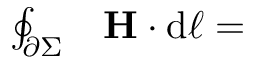
\begin{array} { r l } { \oint _ { \partial \Sigma } } & { { } \mathbf { H } \cdot \mathrm { d } { \boldsymbol { \ell } } = } \end{array}